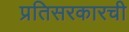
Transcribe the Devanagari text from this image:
प्रतिसरकारची